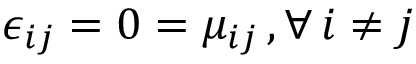
\epsilon _ { i j } = 0 = \mu _ { i j } \, , \forall \, i \neq j